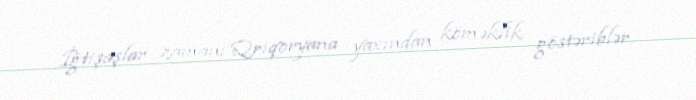
İğtişaşlar zamanı Qriqoryana yaxından köməklik göstəriblər.